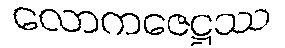
လောကဇေဋ္ဌဿ